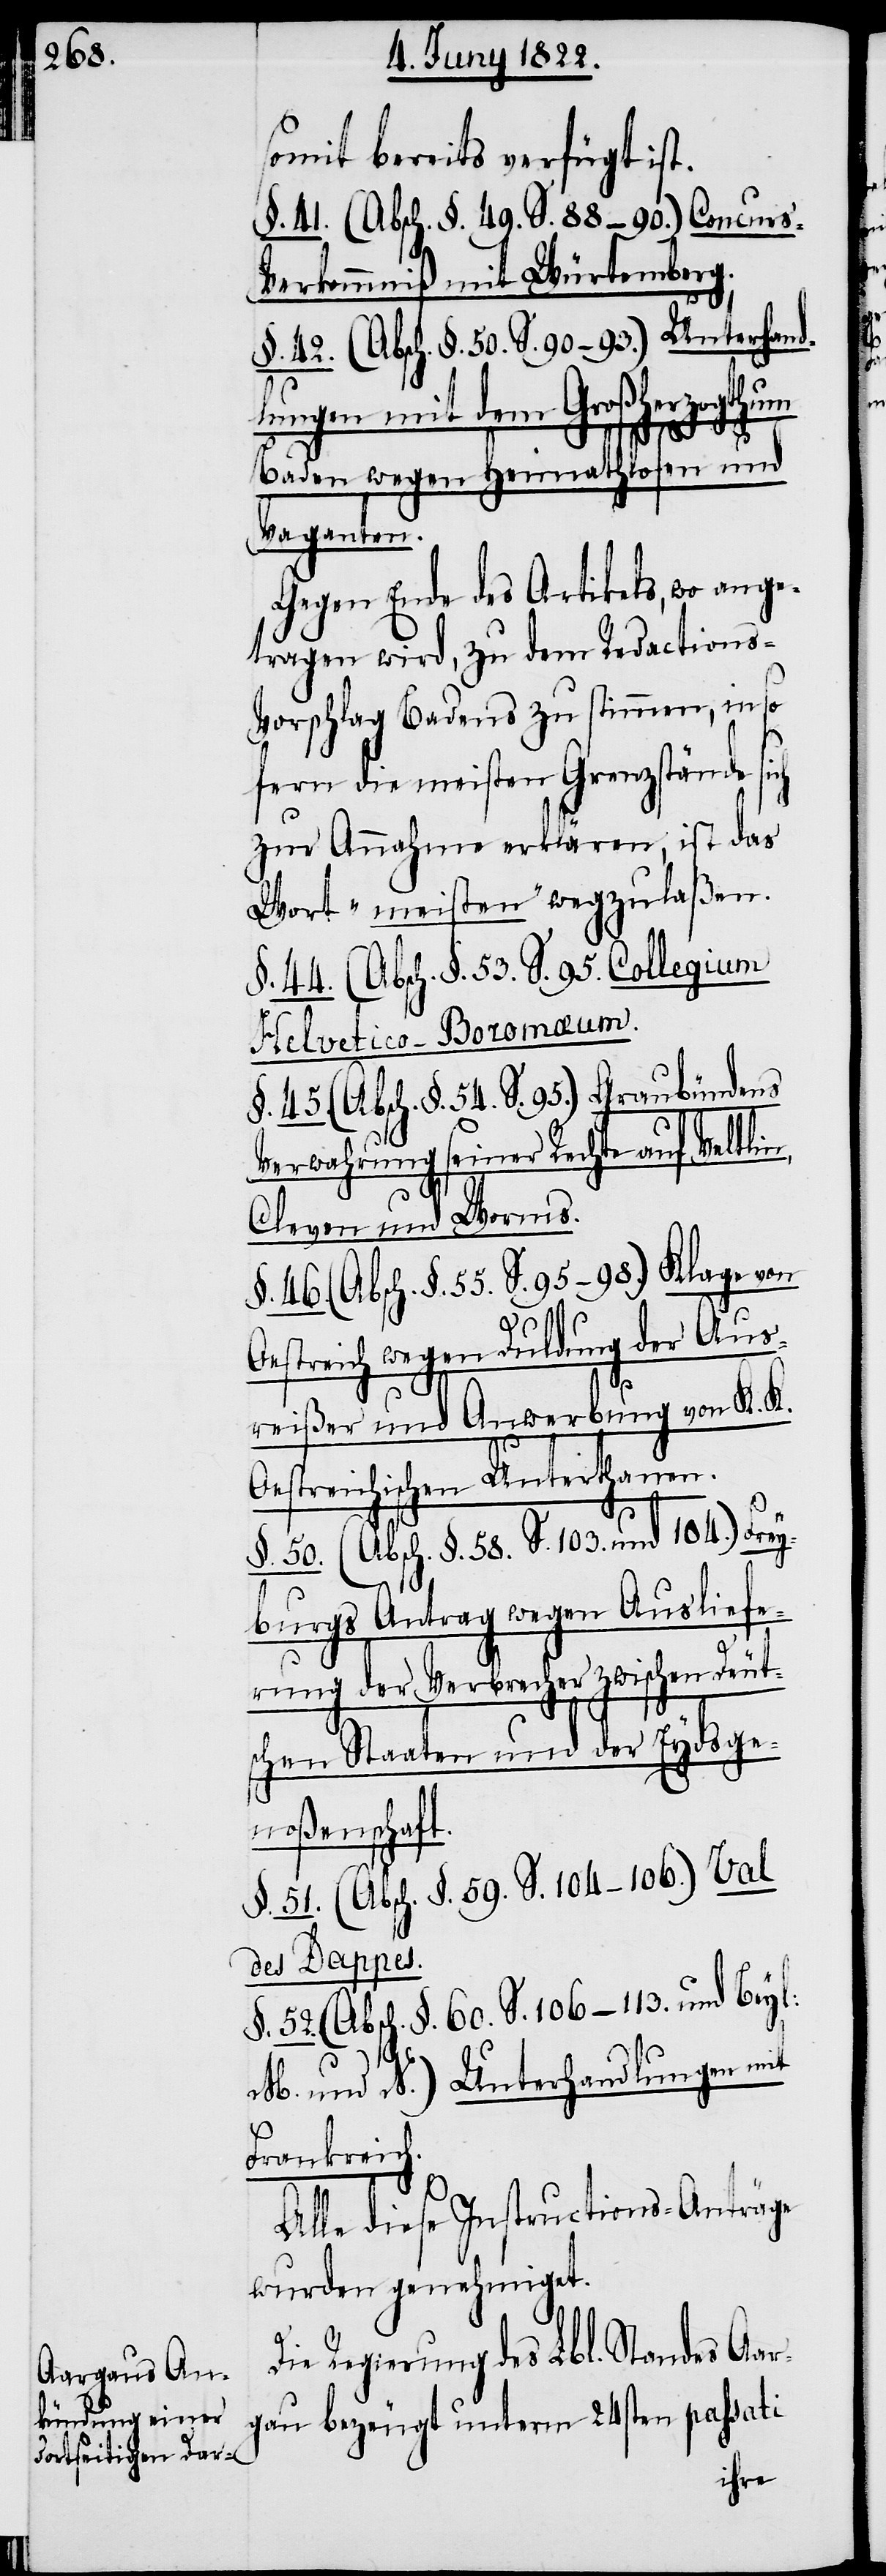
somit bereits verfügt ist.
§. 41. (Absch. §. 49. S. 88–99.) Concurs-V¬
erkommniß mit Würtemberg.
§. 42. (Absch. §. 50. S. 90–93.) Unterhand¬
lungen mit dem Großherzogthum
dens
Baden wegen Heimathlosen und
Vaganten.
Gegen Ende des Artikels, wo ange¬
tragen wird, zu dem Redactions-V¬
orschlag Badens zu stimmen, in so
fern die meisten Grenzstände sich
zur Annahme erklären, ist das
Wort „meisten“ wegzulaßen.
§. 44. (Absch. §. 53. S. 95.[)] Graubün¬
Verwahrung seiner Rechte auf Veltlin,
Cleven und Worms.
§. 46. (Absch. §. 55. S. 95–98.) Klage von
Oestreich wegen Duldung der Aus¬
reißer und Anwerbung von K. K.
Oestreichischen Unterthanen.
§. 50. (Absch. §. 58. S. 103. und 104.) Frey¬
burgs Antrag wegen Ausliefe¬
rung der Verbrecher zwischen Deut¬
schen Staaten und der Eydsge¬
noßenschaft.
§. 51. (Absch. §. 59. S. 104–106.) Val
des Dappes.
§. 52. (Absch. §. 60. S. 106–113. und Beyl:
M. und N.) Unterhandlungen mit
Frankreich.
Alle diese Instructions-Anträge
wurden genehmiget.
Die Regierung des Lbl. Standes Aar¬
gau bezeugt unterm 24sten passati